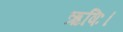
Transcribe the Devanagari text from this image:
ऋषिः।